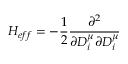
H _ { e f f } = - \frac { 1 } { 2 } \frac { \partial ^ { 2 } } { \partial D _ { i } ^ { \mu } \partial D _ { i } ^ { \mu } }